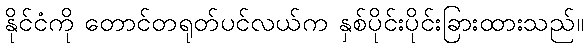
နိုင်ငံကို တောင်တရုတ်ပင်လယ်က နှစ်ပိုင်းပိုင်းခြားထားသည်။